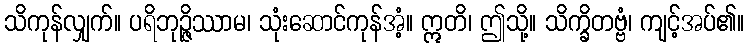
သိကုန်လျှက်။ ပရိဘုဉ္ဇိဿာမ၊ သုံးဆောင်ကုန်အံ့။ ဣတိ၊ ဤသို့။ သိက္ခိတဗ္ဗံ၊ ကျင့်အပ်၏။